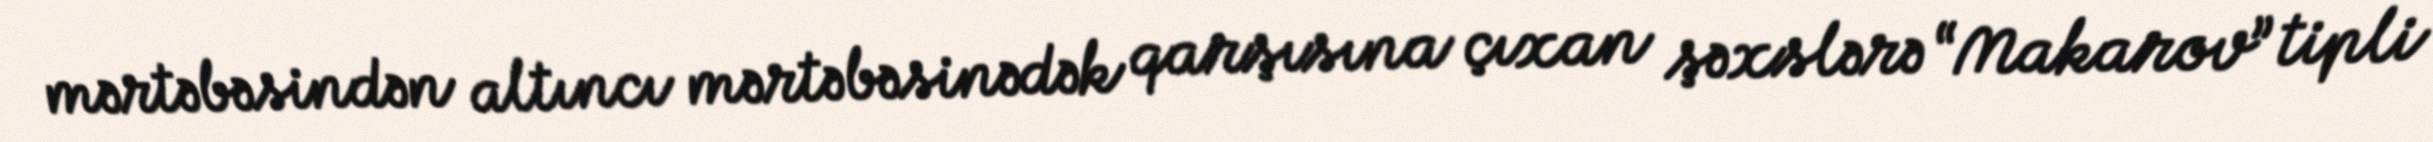
mərtəbəsindən altıncı mərtəbəsinədək qarşısına çıxan şəxslərə “Makarov” tipli